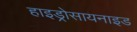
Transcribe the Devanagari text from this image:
हाइड्रोसायनाइड